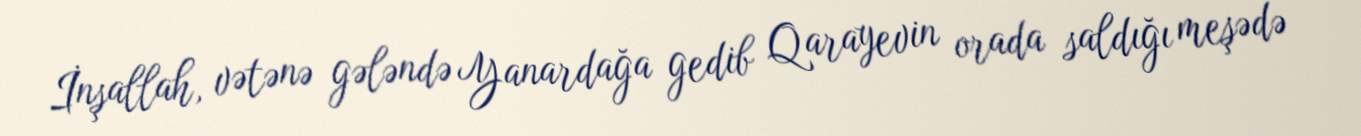
İnşallah, vətənə gələndə Yanardağa gedib Qarayevin orada saldığı meşədə